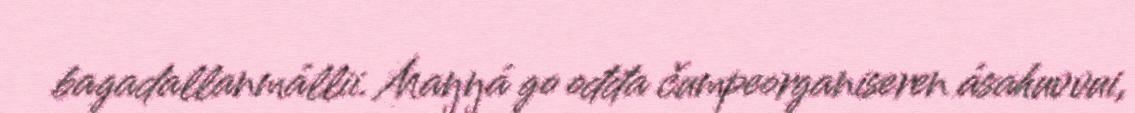
bagadallanmállii. Maŋŋá go ođđa čumpeorganiseren ásahuvvui,